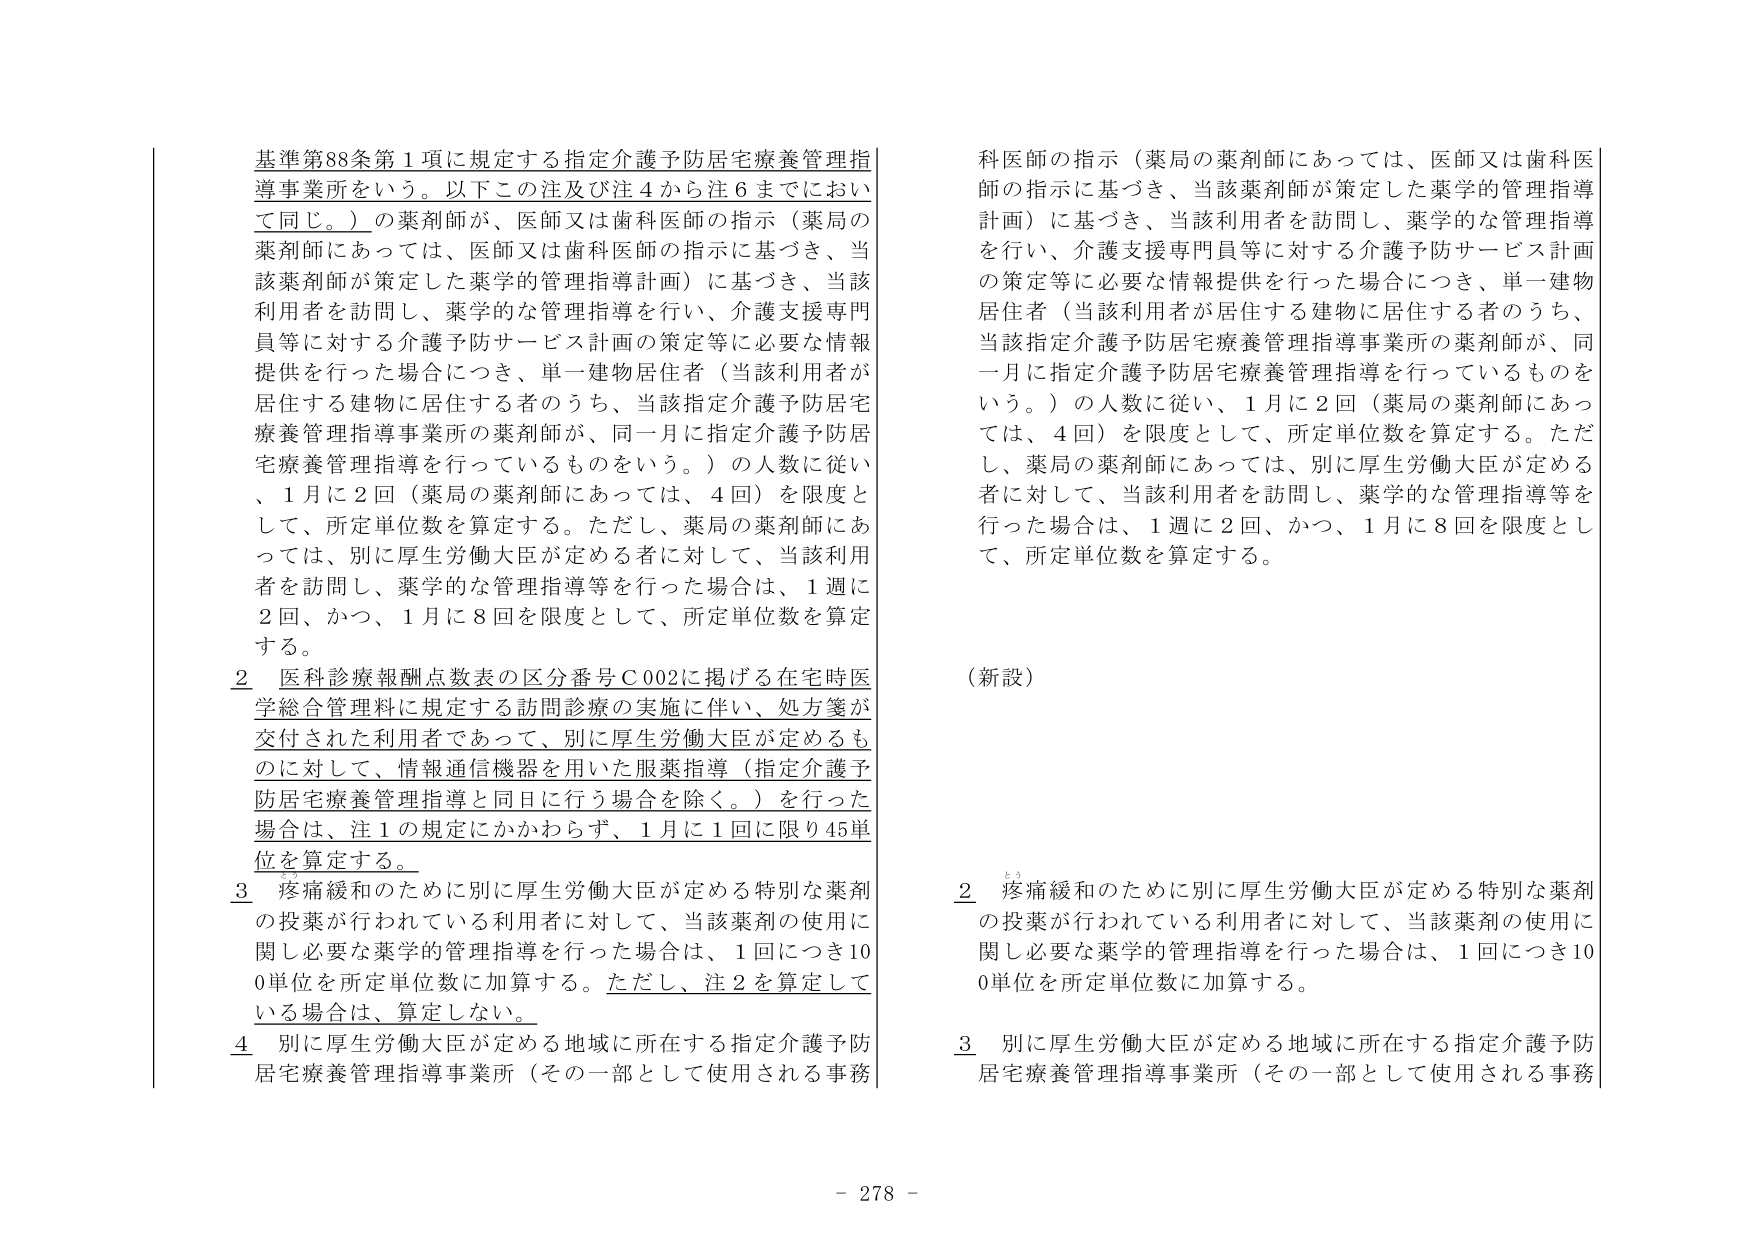
基準第88条第1項に規定する指定介護予防居宅療養管理指導事業所をいう。以下この注及び注4から注6までにおいて同じ。）の薬剤師が、医師又は歯科医師の指示（薬局の薬剤師にあっては、医師又は歯科医師の指示に基づき、当該薬剤師が策定した薬学的管理指導計画）に基づき、当該利用者を訪問し、薬学的な管理指導を行い、介護支援専門員等に対する介護予防サービス計画の策定等に必要な情報提供を行った場合につき、単一建物居住者（当該利用者が居住する建物に居住する者のうち、当該指定介護予防居宅療養管理指導事業所の薬剤師が、同一月に指定介護予防居宅療養管理指導を行っているものをいう。）の人数に従い、1月に2回（薬局の薬剤師にあっては、4回）を限度として、所定単位数を算定する。ただし、薬局の薬剤師にあっては、別に厚生労働大臣が定める者に対して、当該利用者を訪問し、薬学的な管理指導等を行った場合は、1週に2回、かつ、1月に8回を限度として、所定単位数を算定する。

2 医科診療報酬点数表の区分番号C002に掲げる在宅時医学総合管理料に規定する訪問診療の実施に伴い、処方箋が交付された利用者であって、別に厚生労働大臣が定めるものに対して、情報通信機器を用いた服薬指導（指定介護予防居宅療養管理指導と同日に行う場合を除く。）を行った場合は、注1の規定にかかわらず、1月に1回に限り45単位を算定する。

3 疼痛緩和のために別に厚生労働大臣が定める特別な薬剤の投薬が行われている利用者に対して、当該薬剤の使用に関し必要な薬学的管理指導を行った場合は、1回につき100単位を所定単位数に加算する。ただし、注2を算定している場合は、算定しない。

4 別に厚生労働大臣が定める地域に所在する指定介護予防居宅療養管理指導事業所（その一部として使用される事務

科医師の指示（薬局の薬剤師にあっては、医師又は歯科医師の指示に基づき、当該薬剤師が策定した薬学的管理指導計画）に基づき、当該利用者を訪問し、薬学的な管理指導を行い、介護支援専門員等に対する介護予防サービス計画の策定等に必要な情報提供を行った場合につき、単一建物居住者（当該利用者が居住する建物に居住する者のうち、当該指定介護予防居宅療養管理指導事業所の薬剤師が、同一月に指定介護予防居宅療養管理指導を行っているものをいう。）の人数に従い、1月に2回（薬局の薬剤師にあっては、4回）を限度として、所定単位数を算定する。ただし、薬局の薬剤師にあっては、別に厚生労働大臣が定める者に対して、当該利用者を訪問し、薬学的な管理指導等を行った場合は、1週に2回、かつ、1月に8回を限度として、所定単位数を算定する。

（新設）

2 疼痛緩和のために別に厚生労働大臣が定める特別な薬剤の投薬が行われている利用者に対して、当該薬剤の使用に関し必要な薬学的管理指導を行った場合は、1回につき100単位を所定単位数に加算する。

3 別に厚生労働大臣が定める地域に所在する指定介護予防居宅療養管理指導事業所（その一部として使用される事務

- 278 -